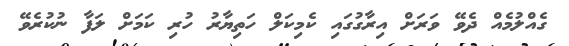
ގެއްލުމެއް ދެވޭ ވަރަށް އިރާގުގައި ކެމިކަލް ހަތިޔާރު ހުރި ކަމަށް ލަފާ ނުކުރެވޭ